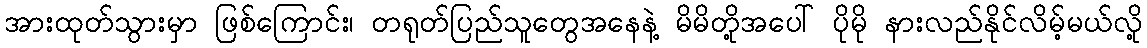
အားထုတ်သွားမှာ ဖြစ်ကြောင်း၊ တရုတ်ပြည်သူတွေအနေနဲ့ မိမိတို့အပေါ် ပိုမို နားလည်နိုင်လိမ့်မယ်လို့